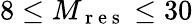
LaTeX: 8\leq M_{\mathrm{~r~e~s~}}\leq 30